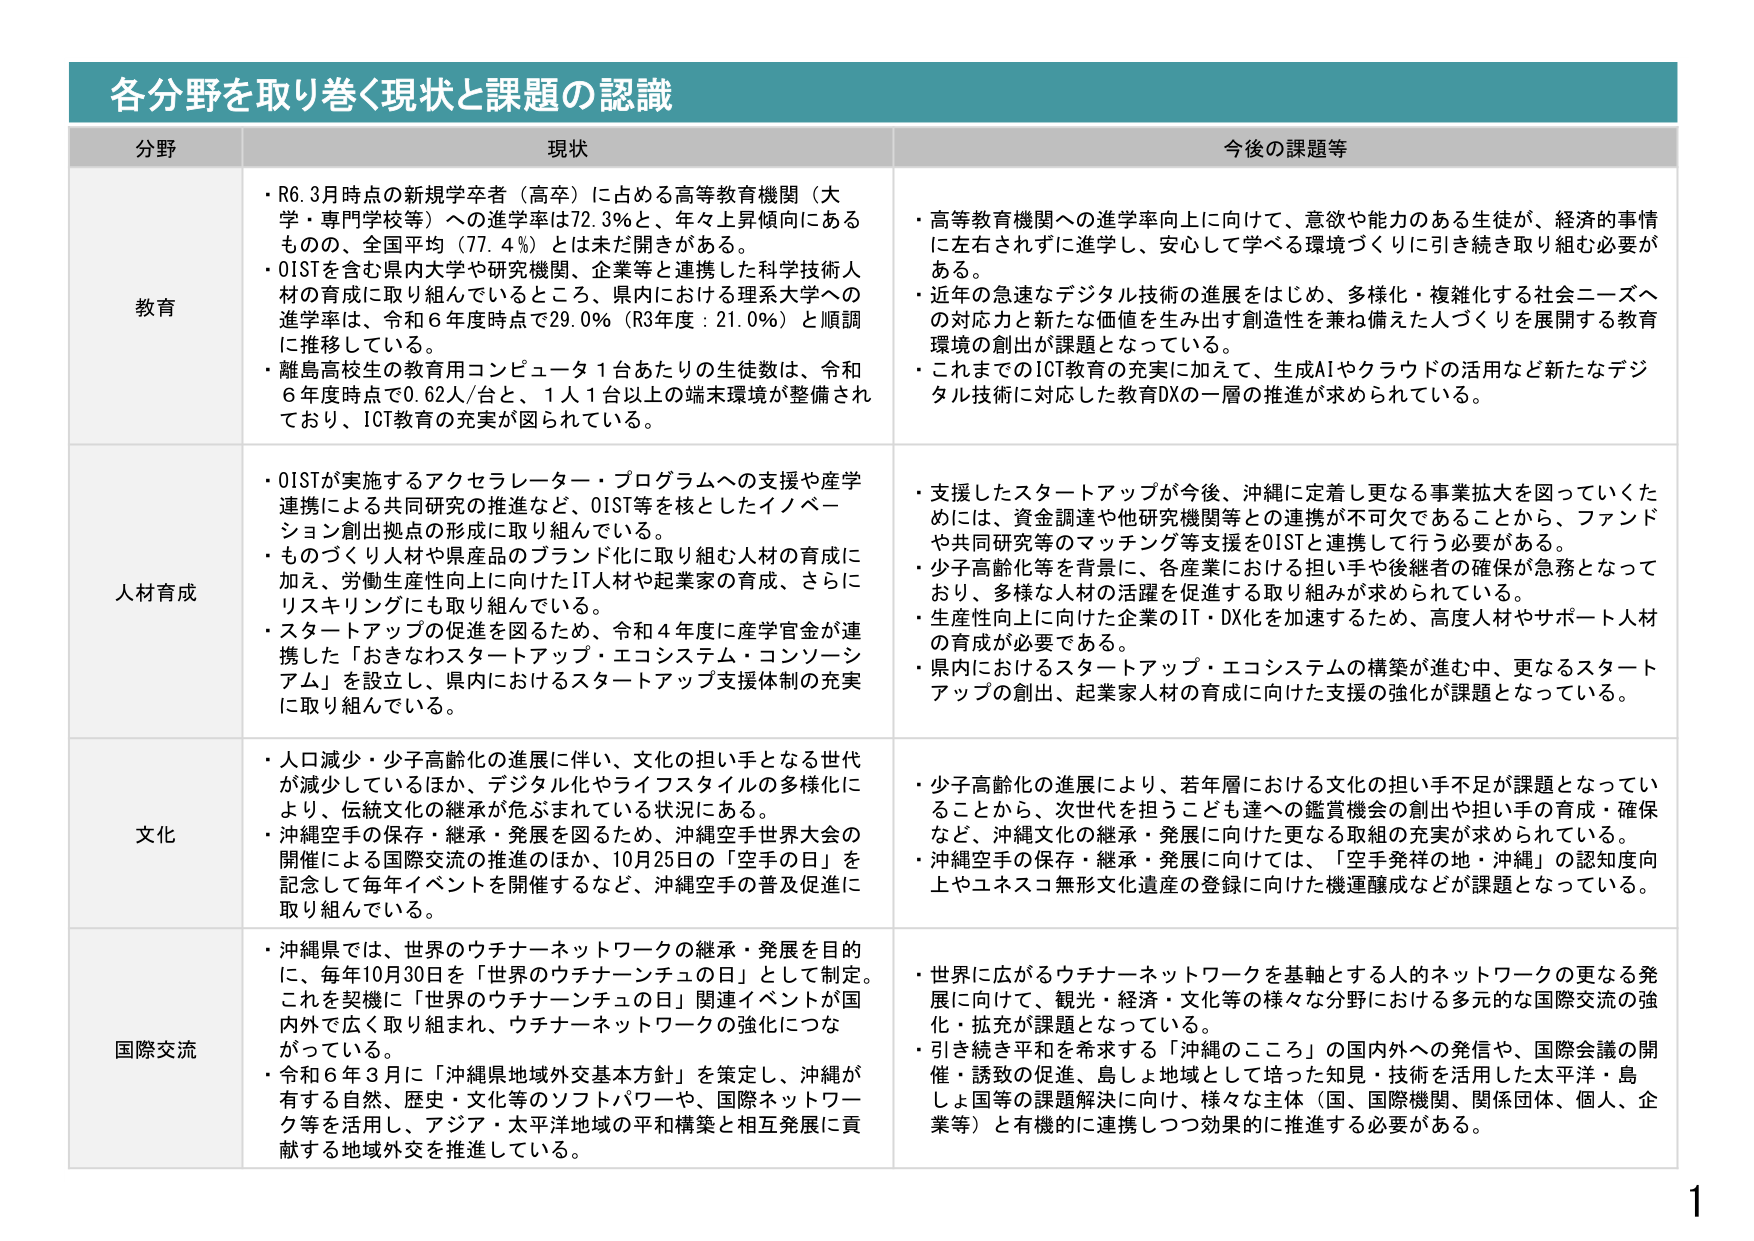
各分野を取り巻く現状と課題の認識

分野 現状 今後の課題等

教育
・R6.3月時点の新規学卒者（高卒）に占める高等教育機関（大学・専門学校等）への進学率は72.3％と、年々上昇傾向にあるものの、全国平均（77.4％）とは未だ開きがある。
・OISTを含む県内大学や研究機関、企業等と連携した科学技術人材の育成に取り組んでいるところ、県内における理系大学への進学率は、令和6年度時点で29.0％（R3年度：21.0％）と順調に推移している。
・離島高校生の教育用コンピュータ1台あたりの生徒数は、令和6年度時点で0.62人/台と、1人1台以上の端末環境が整備されており、ICT教育の充実が図られている。

・高等教育機関への進学率向上に向けて、意欲や能力のある生徒が、経済的事情に左右されずに進学し、安心して学べる環境づくりに引き続き取り組む必要がある。
・近年の急速なデジタル技術の進展をはじめ、多様化・複雑化する社会ニーズへの対応力と新たな価値を生み出す創造性を兼ね備えた人づくりを展開する教育環境の創出が課題となっている。
・これまでのICT教育の充実に加えて、生成AIやクラウドの活用など新たなデジタル技術に対応した教育DXの一層の推進が求められている。

人材育成
・OISTが実施するアクセラレーター・プログラムへの支援や産学連携による共同研究の推進など、OIST等を核としたイノベーション創出拠点の形成に取り組んでいる。
・ものづくり人材や県産品のブランド化に取り組む人材の育成に加え、労働生産性向上に向けたIT人材や起業家の育成、さらにリスキリングにも取り組んでいる。
・スタートアップの促進を図るため、令和4年度に産学官金が連携した「おきなわスタートアップ・エコシステム・コンソーシアム」を設立し、県内におけるスタートアップ支援体制の充実に取り組んでいる。

・支援したスタートアップが今後、沖縄に定着し更なる事業拡大を図っていくためには、資金調達や他研究機関等との連携が不可欠であることから、ファンドや共同研究等のマッチング等支援をOISTと連携して行う必要がある。
・少子高齢化等を背景に、各産業における担い手や後継者の確保が急務となっており、多様な人材の活躍を促進する取り組みが求められている。
・生産性向上に向けた企業のIT・DX化を加速するため、高度人材やサポート人材の育成が必要である。
・県内におけるスタートアップ・エコシステムの構築が進む中、更なるスタートアップの創出、起業家人材の育成に向けた支援の強化が課題となっている。

文化
・人口減少・少子高齢化の進展に伴い、文化の担い手となる世代が減少しているほか、デジタル化やライフスタイルの多様化により、伝統文化の継承が危ぶまれている状況にある。
・沖縄空手の保存・継承・発展を図るため、沖縄空手世界大会の開催による国際交流の推進のほか、10月25日の「空手の日」を記念して毎年イベントを開催するなど、沖縄空手の普及促進に取り組んでいる。

・少子高齢化の進展により、若年層における文化の担い手不足が課題となっていることから、次世代を担うことも達への鑑賞機会の創出や担い手の育成・確保など、沖縄文化の継承・発展に向けた更なる取組の充実が求められている。
・沖縄空手の保存・継承・発展に向けては、「空手発祥の地・沖縄」の認知度向上やユネスコ無形文化遺産の登録に向けた機運醸成などが課題となっている。

国際交流
・沖縄県では、世界のウチナーネットワークの継承・発展を目的に、毎年10月30日を「世界のウチナーチュの日」として制定。これを契機に「世界のウチナーチュの日」関連イベントが国内外で広く取り組まれ、ウチナーネットワークの強化につながっている。
・令和6年3月に「沖縄県地域外交基本方針」を策定し、沖縄が有する自然、歴史・文化等のソフトパワーや、国際ネットワーク等を活用し、アジア・太平洋地域の平和構築と相互発展に貢献する地域外交を推進している。

・世界に広がるウチナーネットワークを基軸とする人的ネットワークの更なる発展に向けて、観光・経済・文化等の様々な分野における多元的な国際交流の強化・拡充が課題となっている。
・引き続き平和を希求する「沖縄のこころ」の国内外への発信や、国際会議の開催・誘致の促進、島しょ地域として培った知見・技術を活用した太平洋・島しょ国等の課題解決に向け、様々な主体（国、国際機関、関係団体、個人、企業等）と有機的に連携しつつ効果的に推進する必要がある。

1